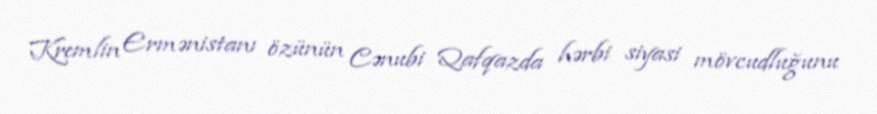
Kremlin Ermənistanı özünün Cənubi Qafqazda hərbi siyasi mövcudluğunu